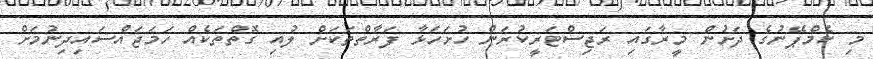
މި ކެމްޕޭނުގެ ދަށުން މީރާގައި ރަޖިސްޓަރީކުރަން ހުށަހަޅާ ފަރާތްތަކަށް ލުއި ގޮތްތަކެއް ހަމަޖައްސައިދިނުމަށް